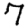
Digit: 7